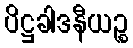
ပိဋ္ဌခါဒနီယဉ္စ